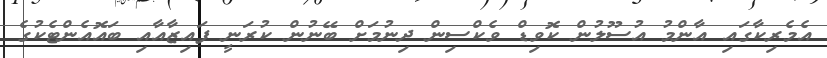
އެމެރިކާގައި އާންމު އުސޫލުން ކޮވިޑް ވެކްސިން ދިނުމަށް ބޭނުން ކުރަނީ ފައިޒާއާއި ބައޮއެންޓެކުގެ